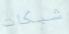
شبكات